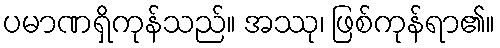
ပမာဏရှိကုန်သည်။ အဿု၊ ဖြစ်ကုန်ရာ၏။